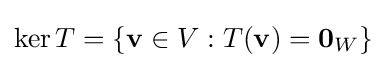
\ker T=\{\mathbf {v} \in V:T(\mathbf {v} )=\mathbf {0} _{W}\}